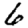
Digit: 6